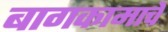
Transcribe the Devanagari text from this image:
बागकामाचे